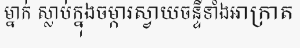
ម្នាក់ ស្លាប់ក្នុងចម្ការស្វាយចន្ទីទាំងអាក្រាត